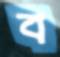
ব